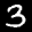
Digit: 3